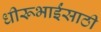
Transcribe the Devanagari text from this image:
धीरूभाईंसाठी